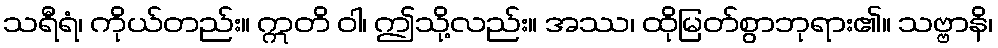
သရီရံ၊ ကိုယ်တည်း။ ဣတိ ဝါ၊ ဤသို့လည်း။ အဿ၊ ထိုမြတ်စွာဘုရား၏။ သဗ္ဗာနိ၊